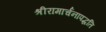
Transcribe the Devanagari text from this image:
श्रीरामार्चनापद्धति